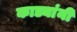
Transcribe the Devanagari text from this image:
काड्यांनी